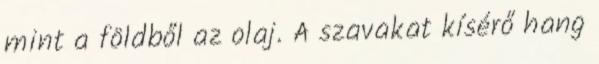
mint a földből az olaj. A szavakat kísérő hang